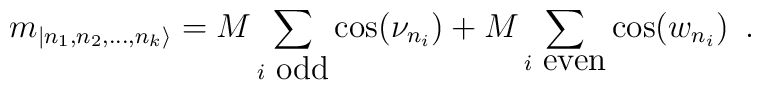
m_{|n_{1},n_{2},\dots ,n_{k}\rangle }=M\sum _{i\textrm{ odd}}\cos (\nu _{n_{i}})+M\sum _{i\textrm{ even}}\cos (w_{n_{i}})\, \, \, .